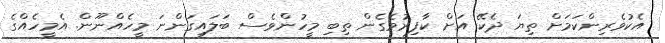
އެކުވެރިންކަމަށް ތިޔަ ދެކޭ އަށް ކާފިރުވެގެން ތިބި މީހުންވެސް ބަލައިގަންނަ މީހެއްނޫން. އެމީހެއްގެ